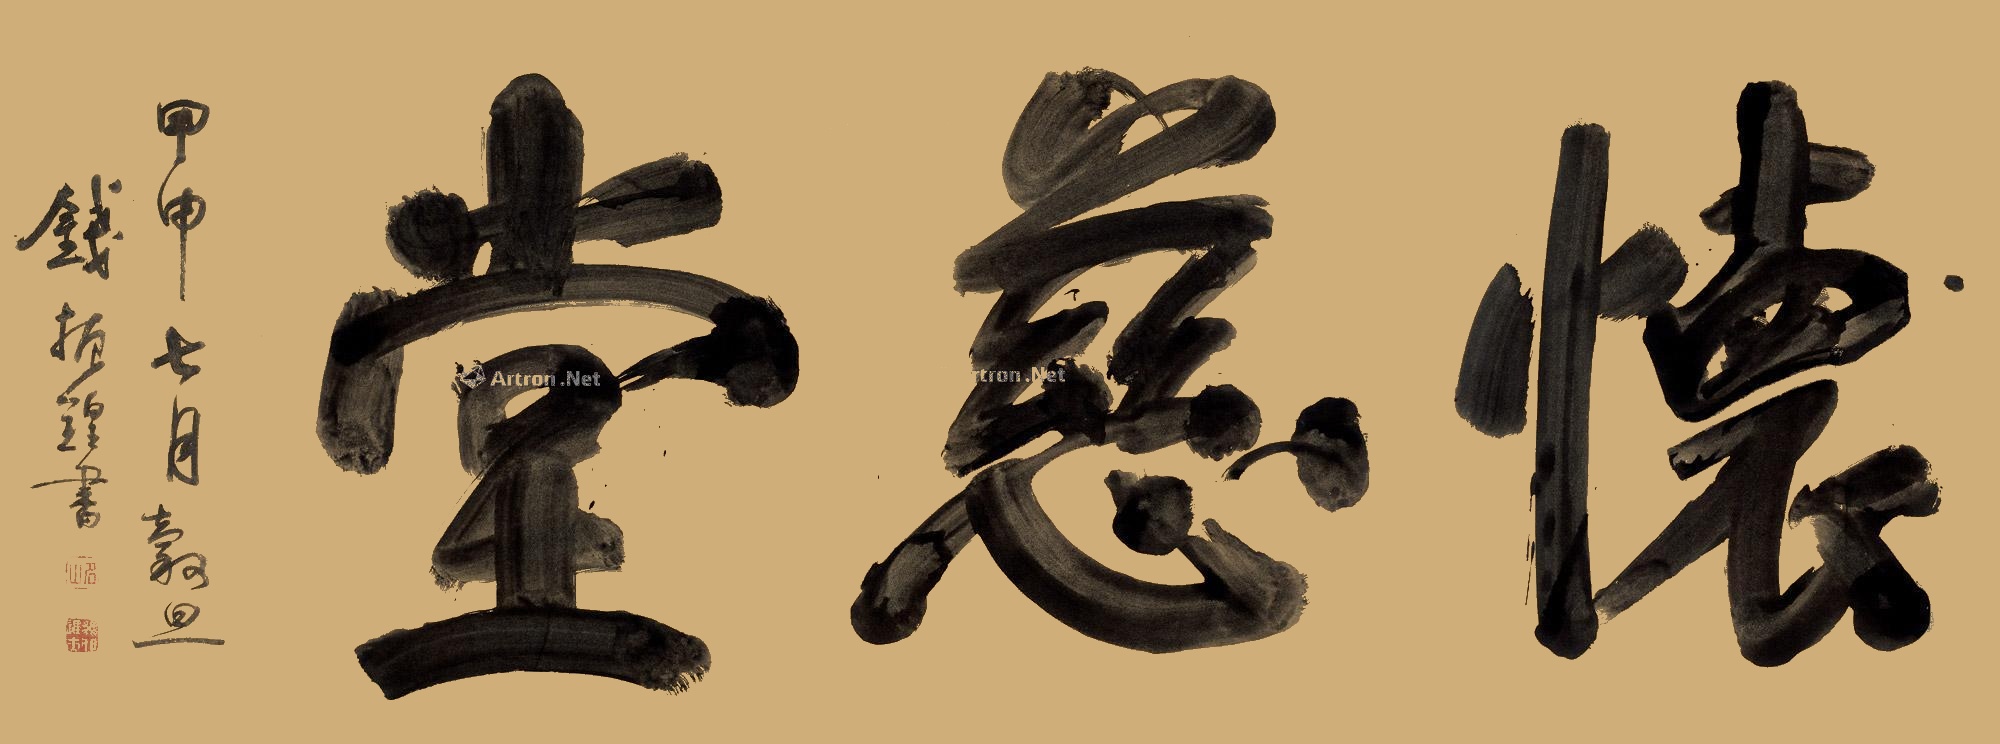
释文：怀慈堂。甲申七月毂旦钱振锽书。